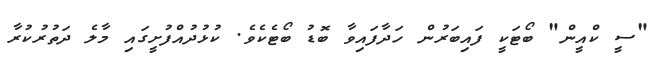
"ސީ ކްއީން" ބޯޓަކީ ފައިބަރުން ހަދާފައިވާ ބޮޑު ބޯޓެކެވެ. ކުޅުދުއްފުށީގައި މާލެ ދަތުރުކުރާ